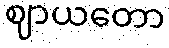
ဈာယတော